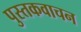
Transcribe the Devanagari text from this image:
पुस्तकवाचन